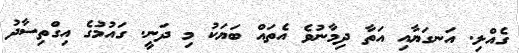
ގެއްލި. އަނގަޔާއި އަތާ ދިމާނުވެ އެތައް ބަޔަކު މި ދަނީ. ގައުމުގެ އިގްތިސާދު